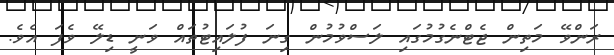
ރަންވޭ މަތިން ޖެޓްނެގުމުގައި ލަސްވުމުން ގިނަ ފުލައިޓުތައް ވަނީ ޑިލޭ ވެފަ އެވެ.